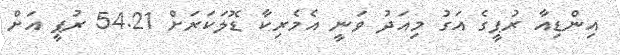
އިންޑިއާ ރުޕީގެ އަގު މިއަދު ވަނީ އެމެރިކާ ޑޮލަކަރަށް 54.21 ރުޕީ އަށް